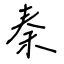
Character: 秦